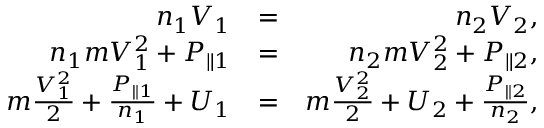
\begin{array} { r l r } { n _ { 1 } V _ { 1 } } & { = } & { n _ { 2 } V _ { 2 } , } \\ { n _ { 1 } m V _ { 1 } ^ { 2 } + P _ { \parallel 1 } } & { = } & { n _ { 2 } m V _ { 2 } ^ { 2 } + P _ { \parallel 2 } , } \\ { m \frac { V _ { 1 } ^ { 2 } } { 2 } + \frac { P _ { \parallel 1 } } { n _ { 1 } } + U _ { 1 } } & { = } & { m \frac { V _ { 2 } ^ { 2 } } { 2 } + U _ { 2 } + \frac { P _ { \parallel 2 } } { n _ { 2 } } , } \end{array}